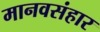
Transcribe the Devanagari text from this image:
मानवसंहार